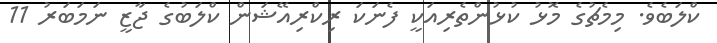
ކްލަބެވެ. މިމެޗުގެ މޮޅު ކުޅުންތެރިއަކީ ފެނަކަ ރިކްރިއޭޝަން ކްލަބުގެ ޖާޒީ ނަމަބަރު 11